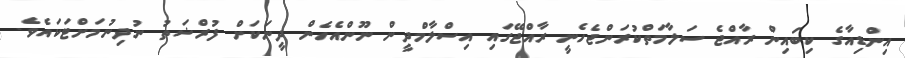
އިންޑިއާގެ ކިބައިން ރާއްޖެ ސަލާމަތްކުރަންޖެހެނީ ރާއްޖޭގައި އިސްލާމްދީން ނޫންއެހެން ދީނަކަށް ފުރްޟަތު ނުދިނުމަށްޓަކައެވެ.